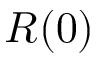
R ( 0 )